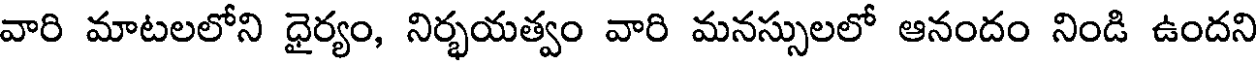
వారి మాటలలోని ధైర్యం, నిర్భయత్వం వారి మనస్సులలో ఆనందం నిండి ఉందని